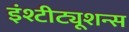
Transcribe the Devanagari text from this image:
इंश्टीट्यूशन्स